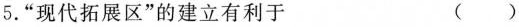
5.”现代拓展区”的建立有利于 ( )